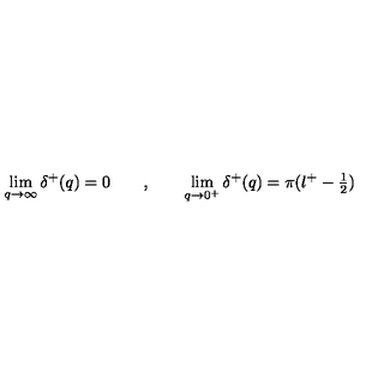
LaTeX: \lim _ { q \rightarrow \infty } \delta ^ { + } ( q ) = 0 \qquad , \qquad \lim _ { q \rightarrow 0 ^ { + } } \delta ^ { + } ( q ) = \pi ( \l ^ { + } - \textstyle \frac { 1 } { 2 } )